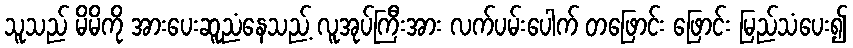
သူသည် မိမိကို အားပေးဆူညံနေသည့် လူအုပ်ကြီးအား လက်ပမ်းပေါက် တဖြောင်း ဖြောင်း မြည်သံပေး၍